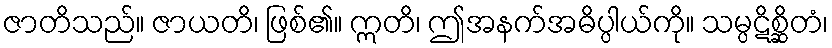
ဇာတိသည်။ ဇာယတိ၊ ဖြစ်၏။ ဣတိ၊ ဤအနက်အဓိပ္ပါယ်ကို။ သမ္ပဋိစ္ဆိတံ၊